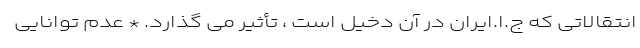
انتقالاتی که ج.ا.ایران در آن دخیل است ، تأثیر می گذارد. * عدم توانایی